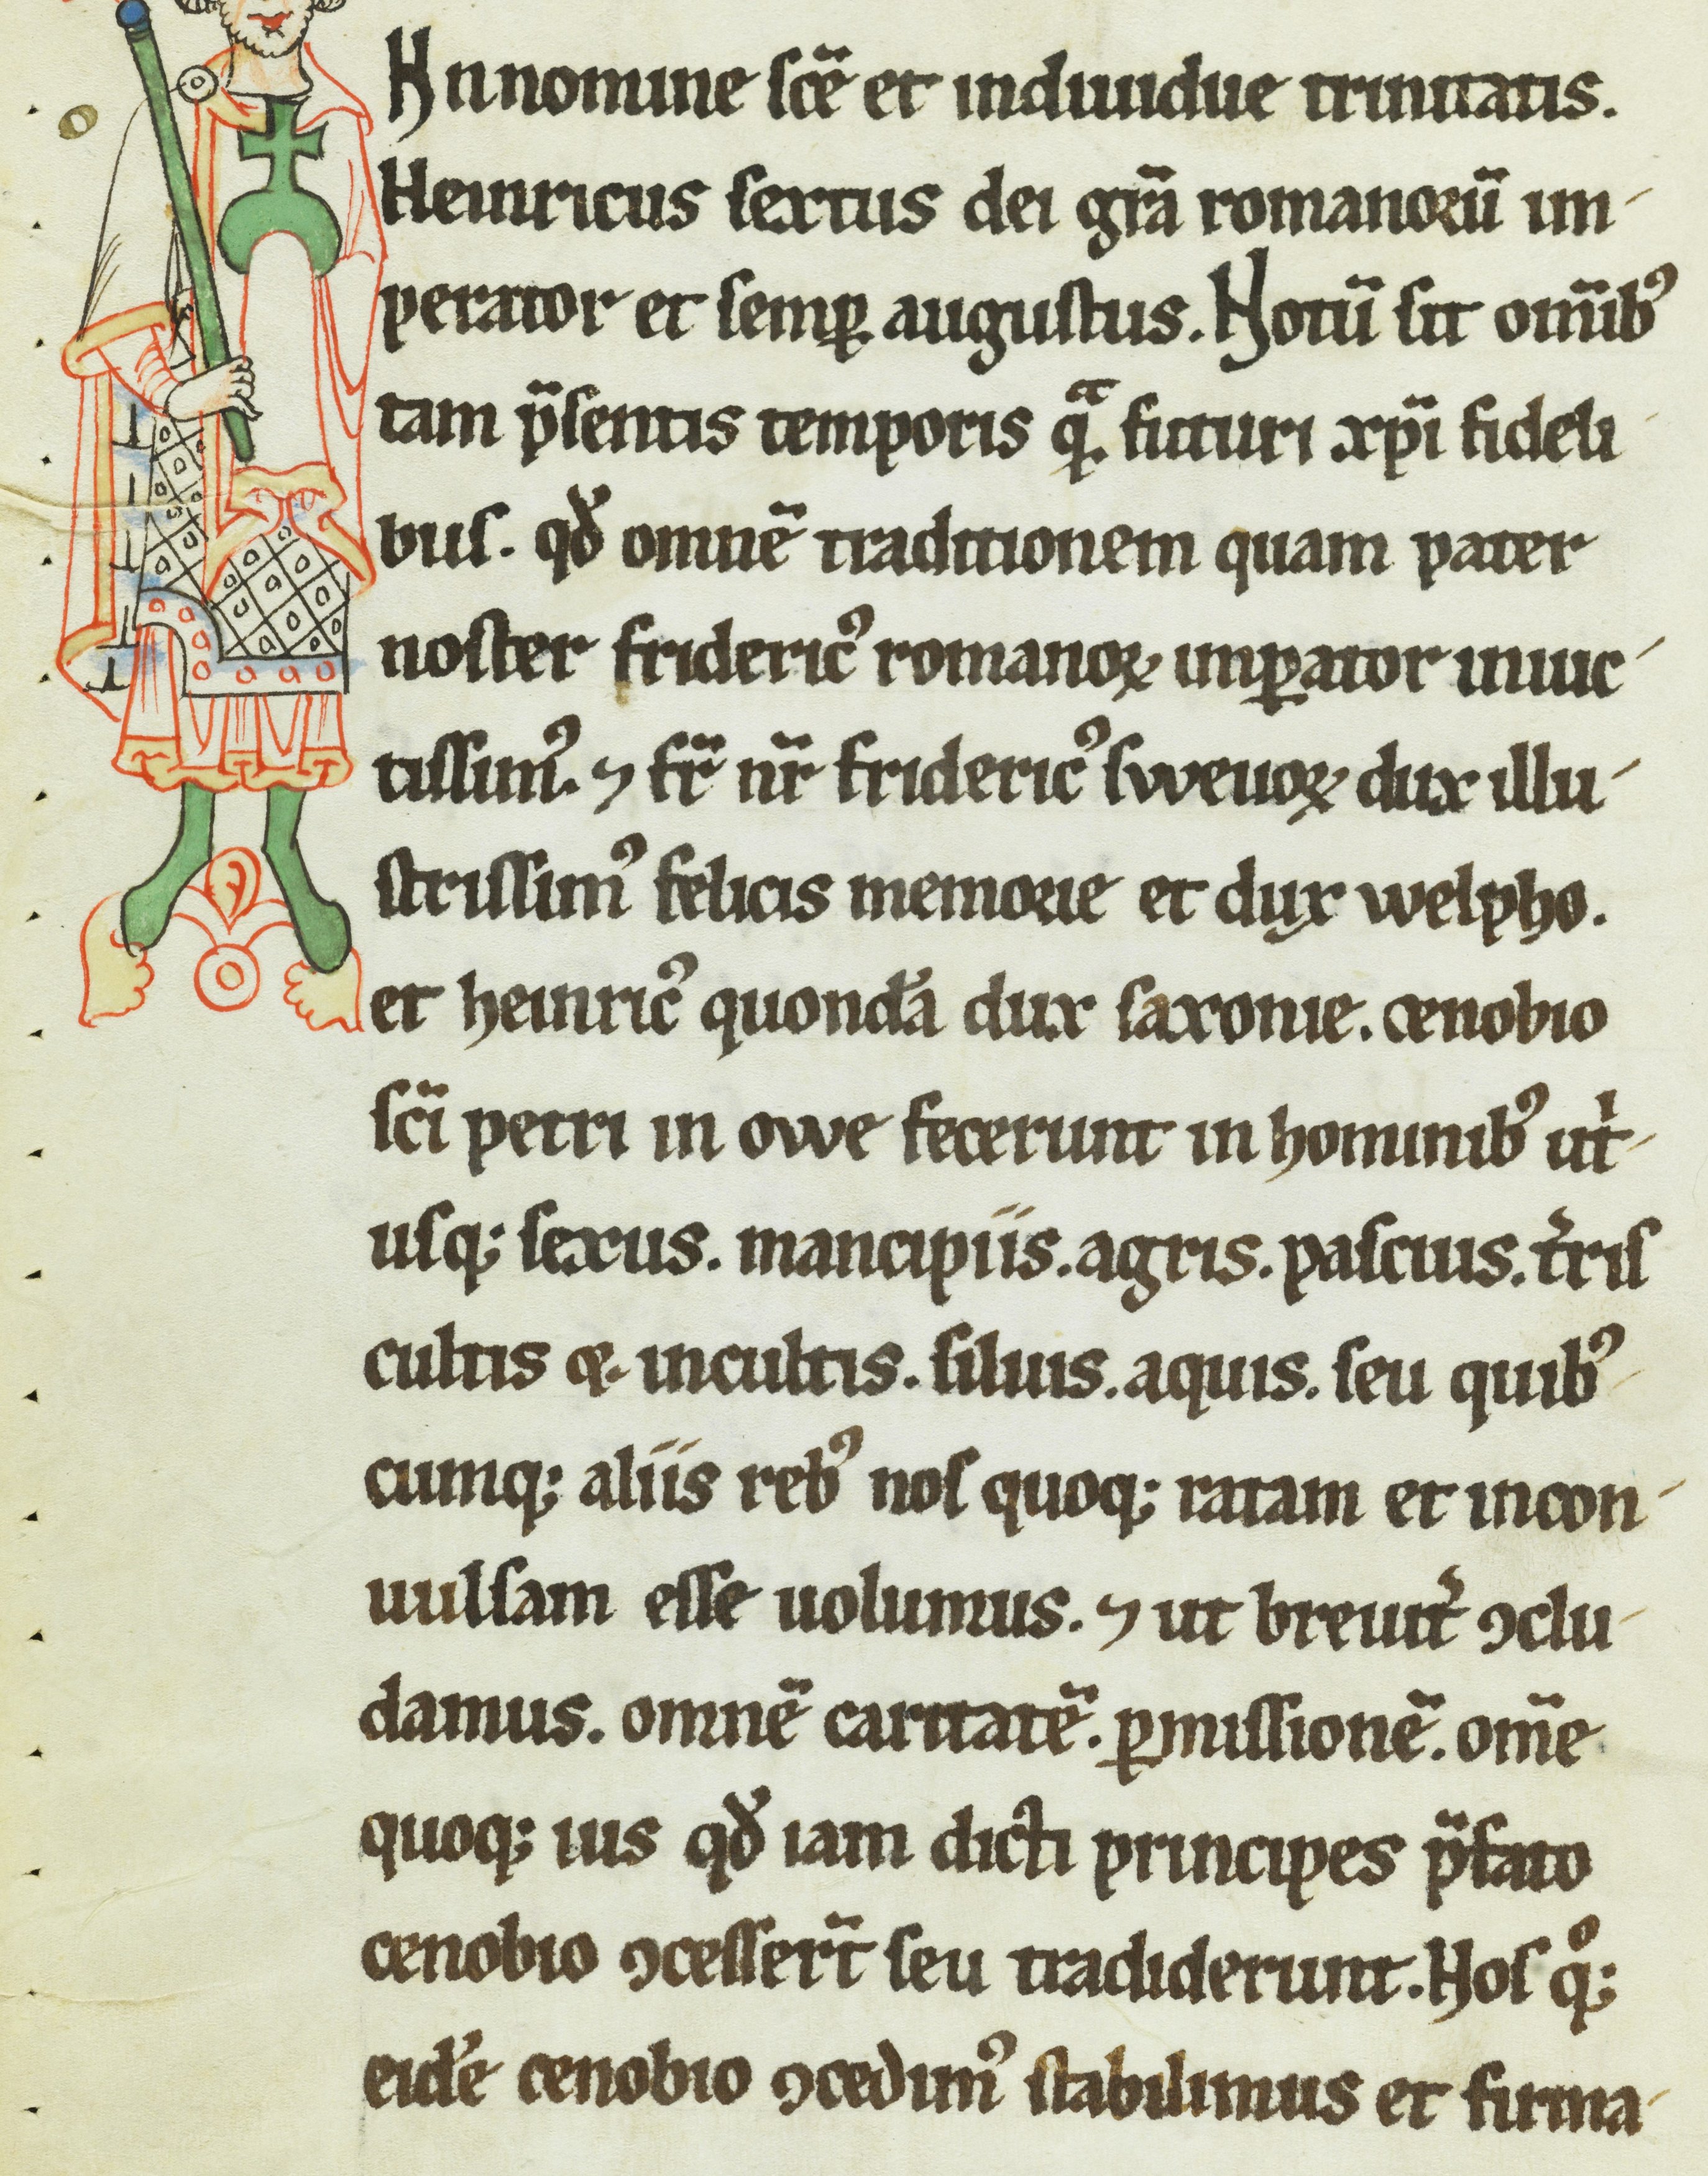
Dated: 1200–1399